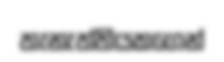
තැනැත්තියකගෙන්